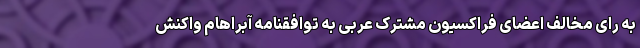
به رای مخالف اعضای فراکسیون مشترک عربی به توافقنامه آبراهام واکنش